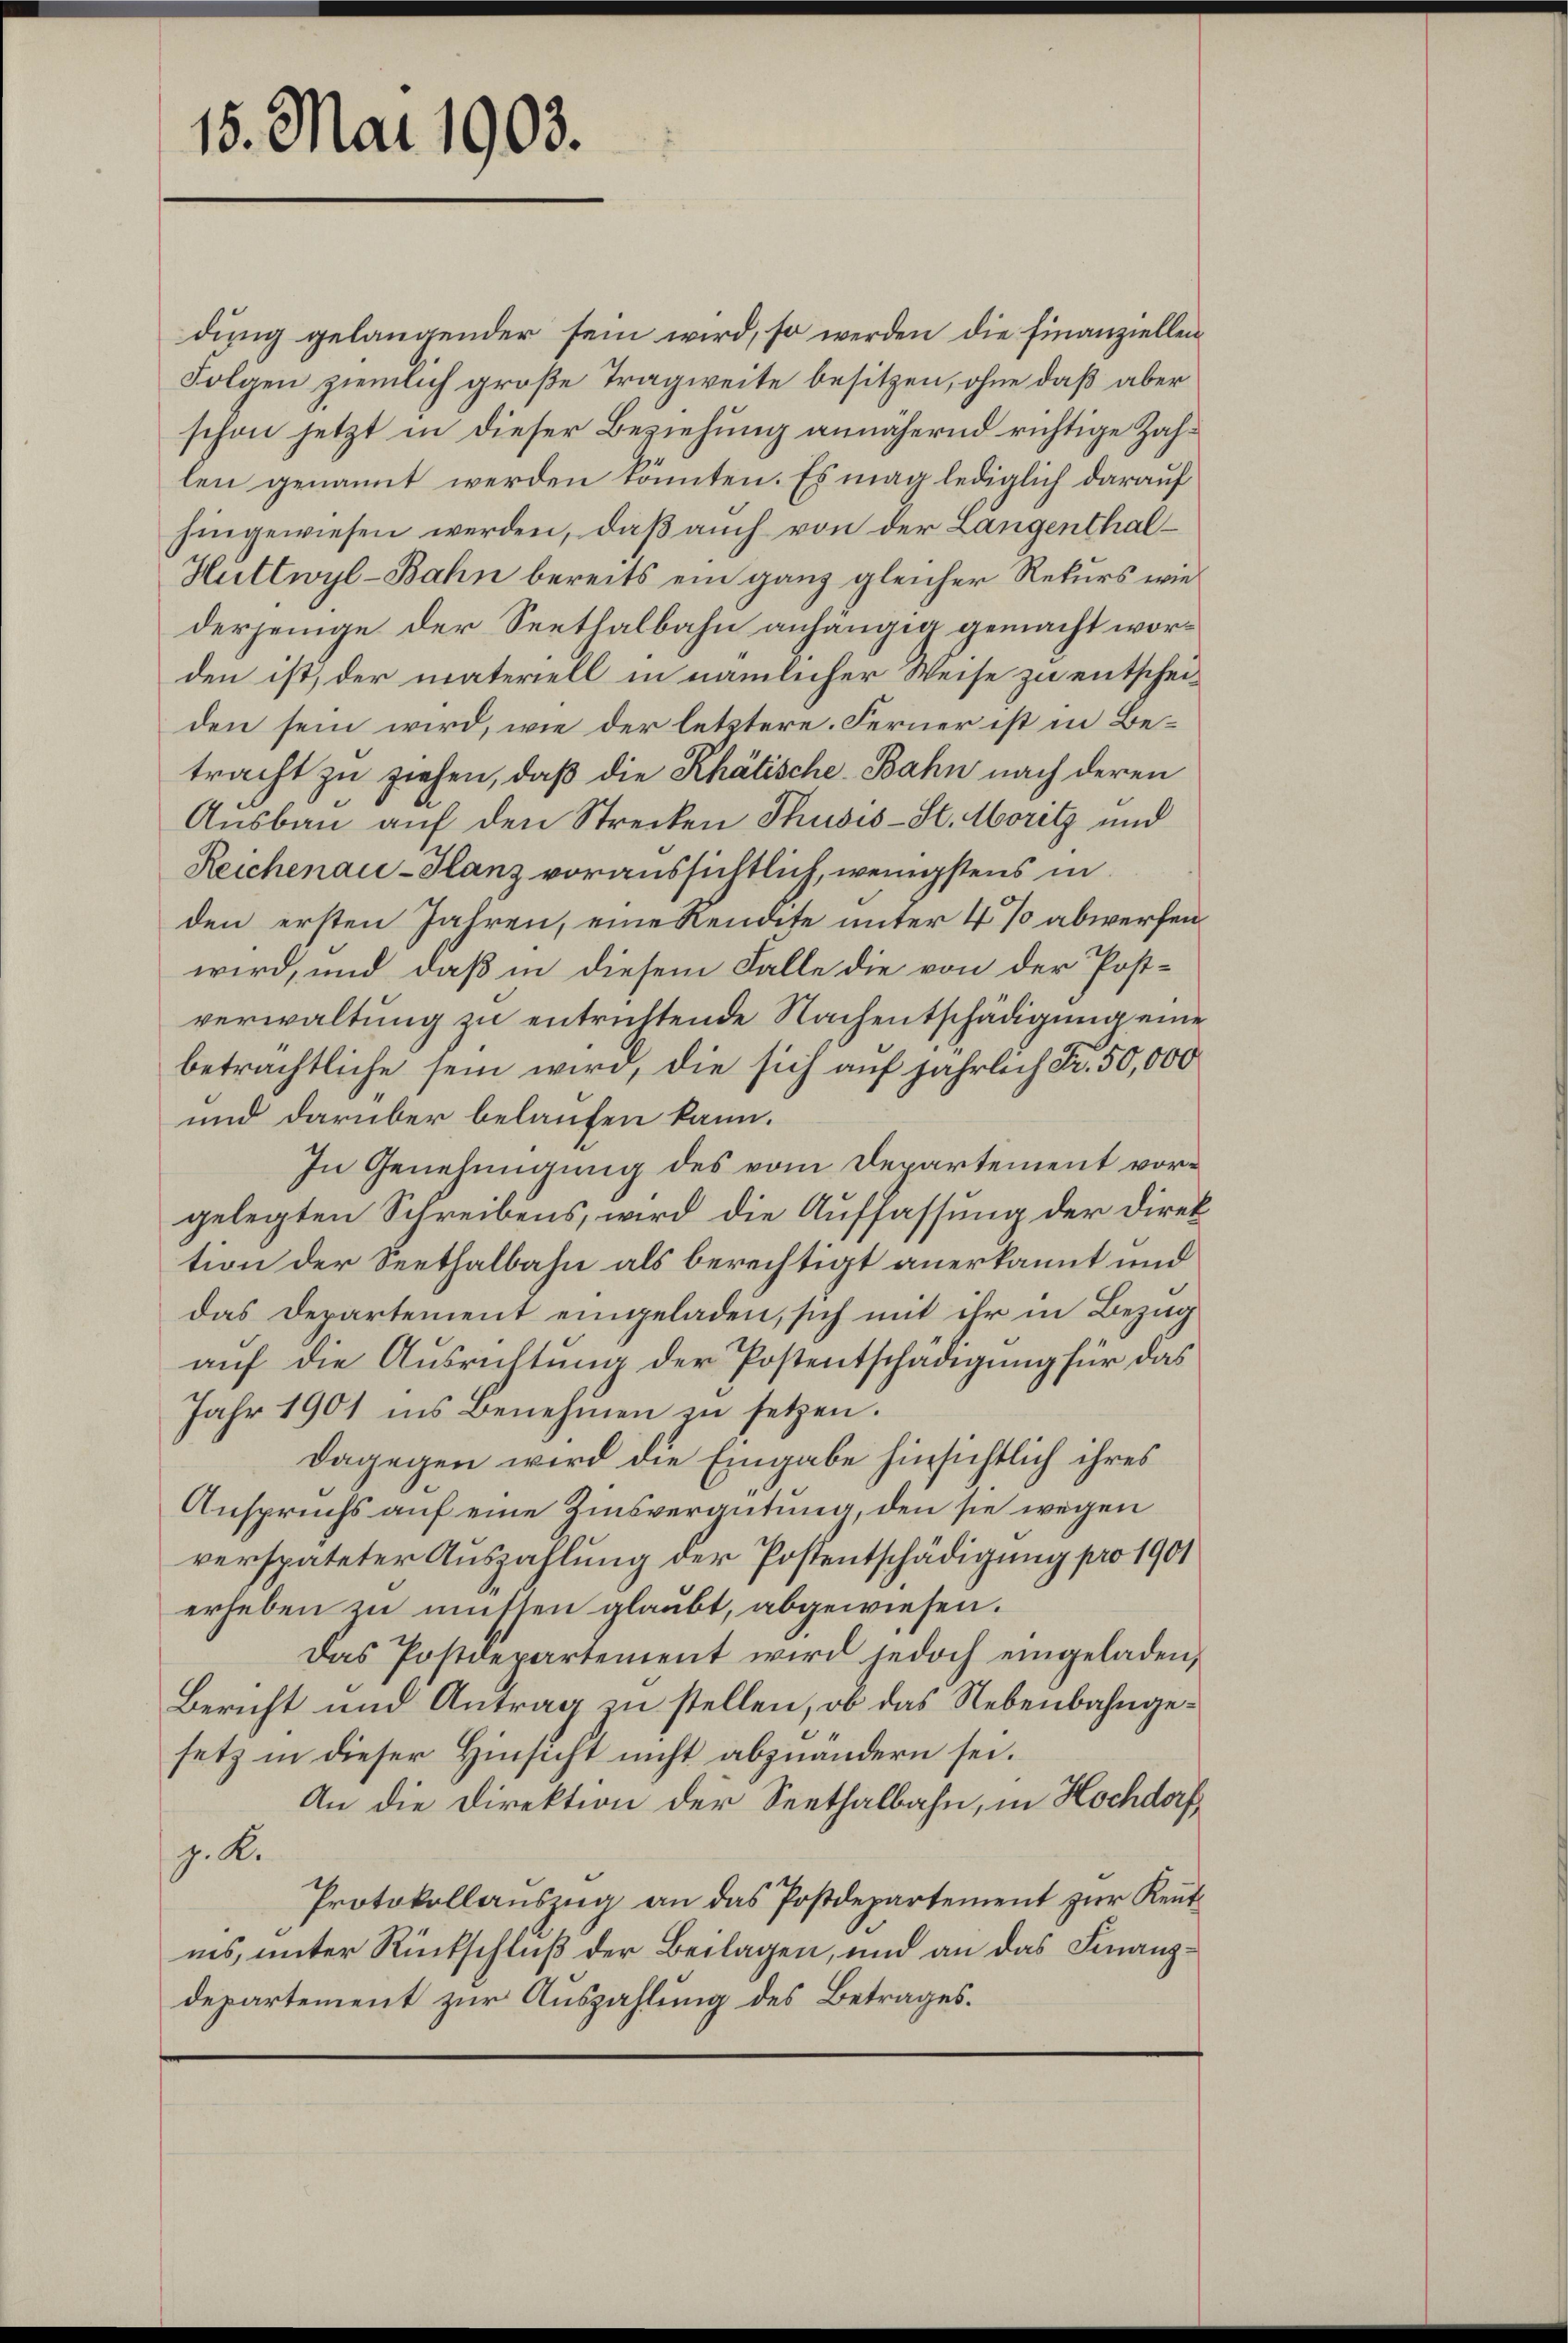
dung gelangender sein wird, so werden die Finanziellen
Folgen ziemlich große Tragweite besitzen, ohne daß aber
schon jetzt in dieser Beziehung annähernd richtige Zahlen genannt werden könnten. Es mag lediglich darauf
hingewiesen werden, daß auch von der Langenthal¬
Huttwyl-Bahn bereits ein ganz gleicher Rekurs wie
derjenige der Seethalbahn anhängig gemacht worden ist, der materiell in nämlicher Weise zu entscheiden sein wird, wie der letztere. Ferner ist in Betracht zu ziehen, daß die Rhätische-Bahn nach deren
Ausbau auf den Strecken Thusis-St. Moritz und
Reichenau-Glanz voraussichtlich, wenigstens in
den ersten Jahren, eine Rendete unter 4 % abwerfen
wird, und daß in diesem Falle die von der Postverwaltung zu entrittende Nachentschädigung eine
beträchtliche sein wird, die sich auf jährlich Fr. 50,000
und darüber belaufen kann.
In Genehmigung des vom Departement vorgelegten Schreibens, wird die Auffassung der Direktion der Seethalbahn als berechtigt anerkannt und
das Departement eingeladen, sich mit ihr in Bezug
auf die Ausrichtung der Postentschädigung für das
Jahr 1901 ins Benehmen zu setzen.
dagegen wird die Eingabe hinsichtlich ihres
Anspruchs auf eine Zinsvergütung, den sie wegen
verspäteter Auszahlung der Postentschädigung pro 1901
erheben zu müssen glaubt, abgewiesen.
Das Postdepartement wird jedoch eingeladen,
Bericht und Antrag zu stellen, ob das Nebenbahngesetz in dieser Hinsicht nicht abzuändern sei.
An die Direktion der Seethalbahn, in Hochdorf
J. K.
Protokollauszug an das Postdepartement zur Reutins unter Rückschluß der Beilagen, und an das Finanzdepartement zur Auszahlung des Betrages.

15. Mai 1903.